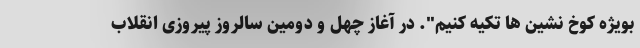
بویژه کوخ نشین ها تکیه کنیم". در آغاز چهل و دومین سالروز پیروزی انقلاب